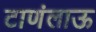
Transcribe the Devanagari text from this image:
टाणंलाऊ